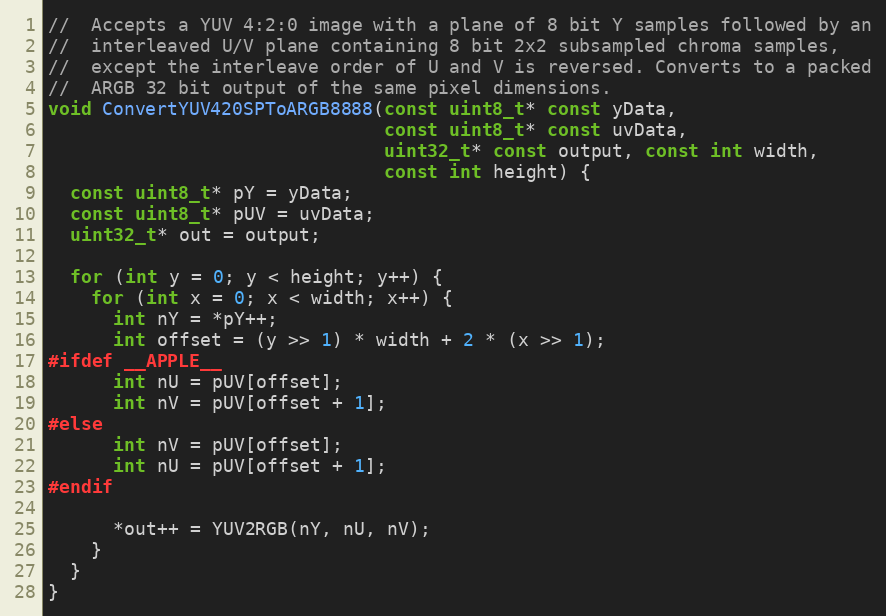
Language: C++
//  Accepts a YUV 4:2:0 image with a plane of 8 bit Y samples followed by an
//  interleaved U/V plane containing 8 bit 2x2 subsampled chroma samples,
//  except the interleave order of U and V is reversed. Converts to a packed
//  ARGB 32 bit output of the same pixel dimensions.
void ConvertYUV420SPToARGB8888(const uint8_t* const yData,
                               const uint8_t* const uvData,
                               uint32_t* const output, const int width,
                               const int height) {
  const uint8_t* pY = yData;
  const uint8_t* pUV = uvData;
  uint32_t* out = output;

  for (int y = 0; y < height; y++) {
    for (int x = 0; x < width; x++) {
      int nY = *pY++;
      int offset = (y >> 1) * width + 2 * (x >> 1);
#ifdef __APPLE__
      int nU = pUV[offset];
      int nV = pUV[offset + 1];
#else
      int nV = pUV[offset];
      int nU = pUV[offset + 1];
#endif

      *out++ = YUV2RGB(nY, nU, nV);
    }
  }
}